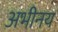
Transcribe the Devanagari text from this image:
अभीनय